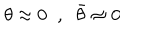
LaTeX: \theta \approx 0 \; \; , \; \; \bar { \theta } \approx 0